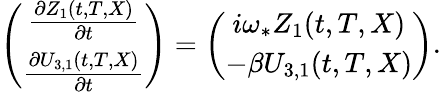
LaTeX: \begin{array}{r}{\left(\begin{array}{c}{\frac{\partial Z_{1}(t,T,X)}{\partial t}}\\ {\frac{\partial U_{3,1}(t,T,X)}{\partial t}}\end{array}\right)=\left(\begin{array}{c}{i\omega_{*}Z_{1}(t,T,X)}\\ {-\beta U_{3,1}(t,T,X)}\end{array}\right).}\end{array}